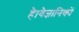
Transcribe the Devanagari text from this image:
है।वैज्ञानिकों